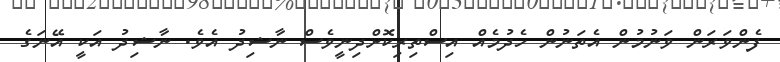
ފެންވަރަން ވަނުމުން އެތަނުން ހެދުމެއް އިސްތިރިކޮށްދިނީވެސް ނާޝިދު އެވެ. ނާޝިދު އަކީ އޭނަގެ